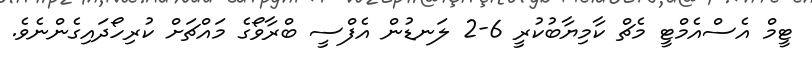
ޓީމް އެސްއެމްޓީ މެޗް ކާމިޔާބުކުރީ 6-2 ލަނޑުން އެފްސީ ބްރާވޯގެ މައްޗަށް ކުރިހޯދައިގެންނެވެ.